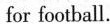
for football.